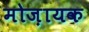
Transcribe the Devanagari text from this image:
मोज़ायक